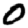
Digit: 0